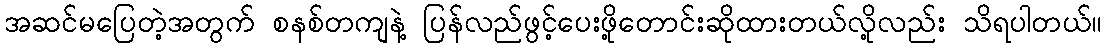
အဆင်မပြေတဲ့အတွက် စနစ်တကျနဲ့ ပြန်လည်ဖွင့်ပေးဖို့တောင်းဆိုထားတယ်လို့လည်း သိရပါတယ်။